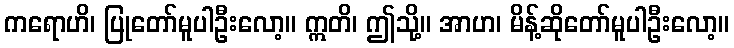
ကရောဟိ၊ ပြုတော်မူပါဦးလော့။ ဣတိ၊ ဤသို့။ အာဟ၊ မိန့်ဆိုတော်မူပါဦးလော့။